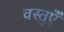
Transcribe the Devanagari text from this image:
वस्तुऍँ